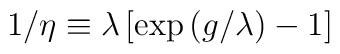
1/\eta \equiv \lambda \left[ \exp \left( g/\lambda \right) -1\right]